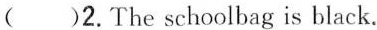
()2.The schoolbag is black.